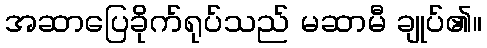
အဆာပြေခိုက်ရုပ်သည် မဆာမီ ချုပ်၏။